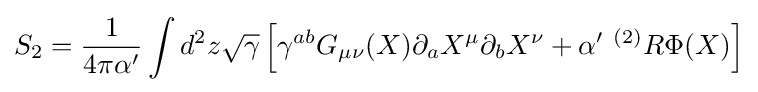
S_{2}={\frac {1}{4\pi \alpha '}}\int d^{2}z{\sqrt {\gamma }}\left[\gamma ^{ab}G_{\mu \nu }(X)\partial _{a}X^{\mu }\partial _{b}X^{\nu }+\alpha '\ ^{(2)}R\Phi (X)\right]